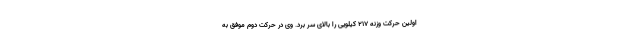
اولین حرکت وزنه ۲۱۷ کیلویی را بالای سر برد. وی در حرکت دوم موفق به